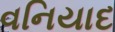
વનિયાદ